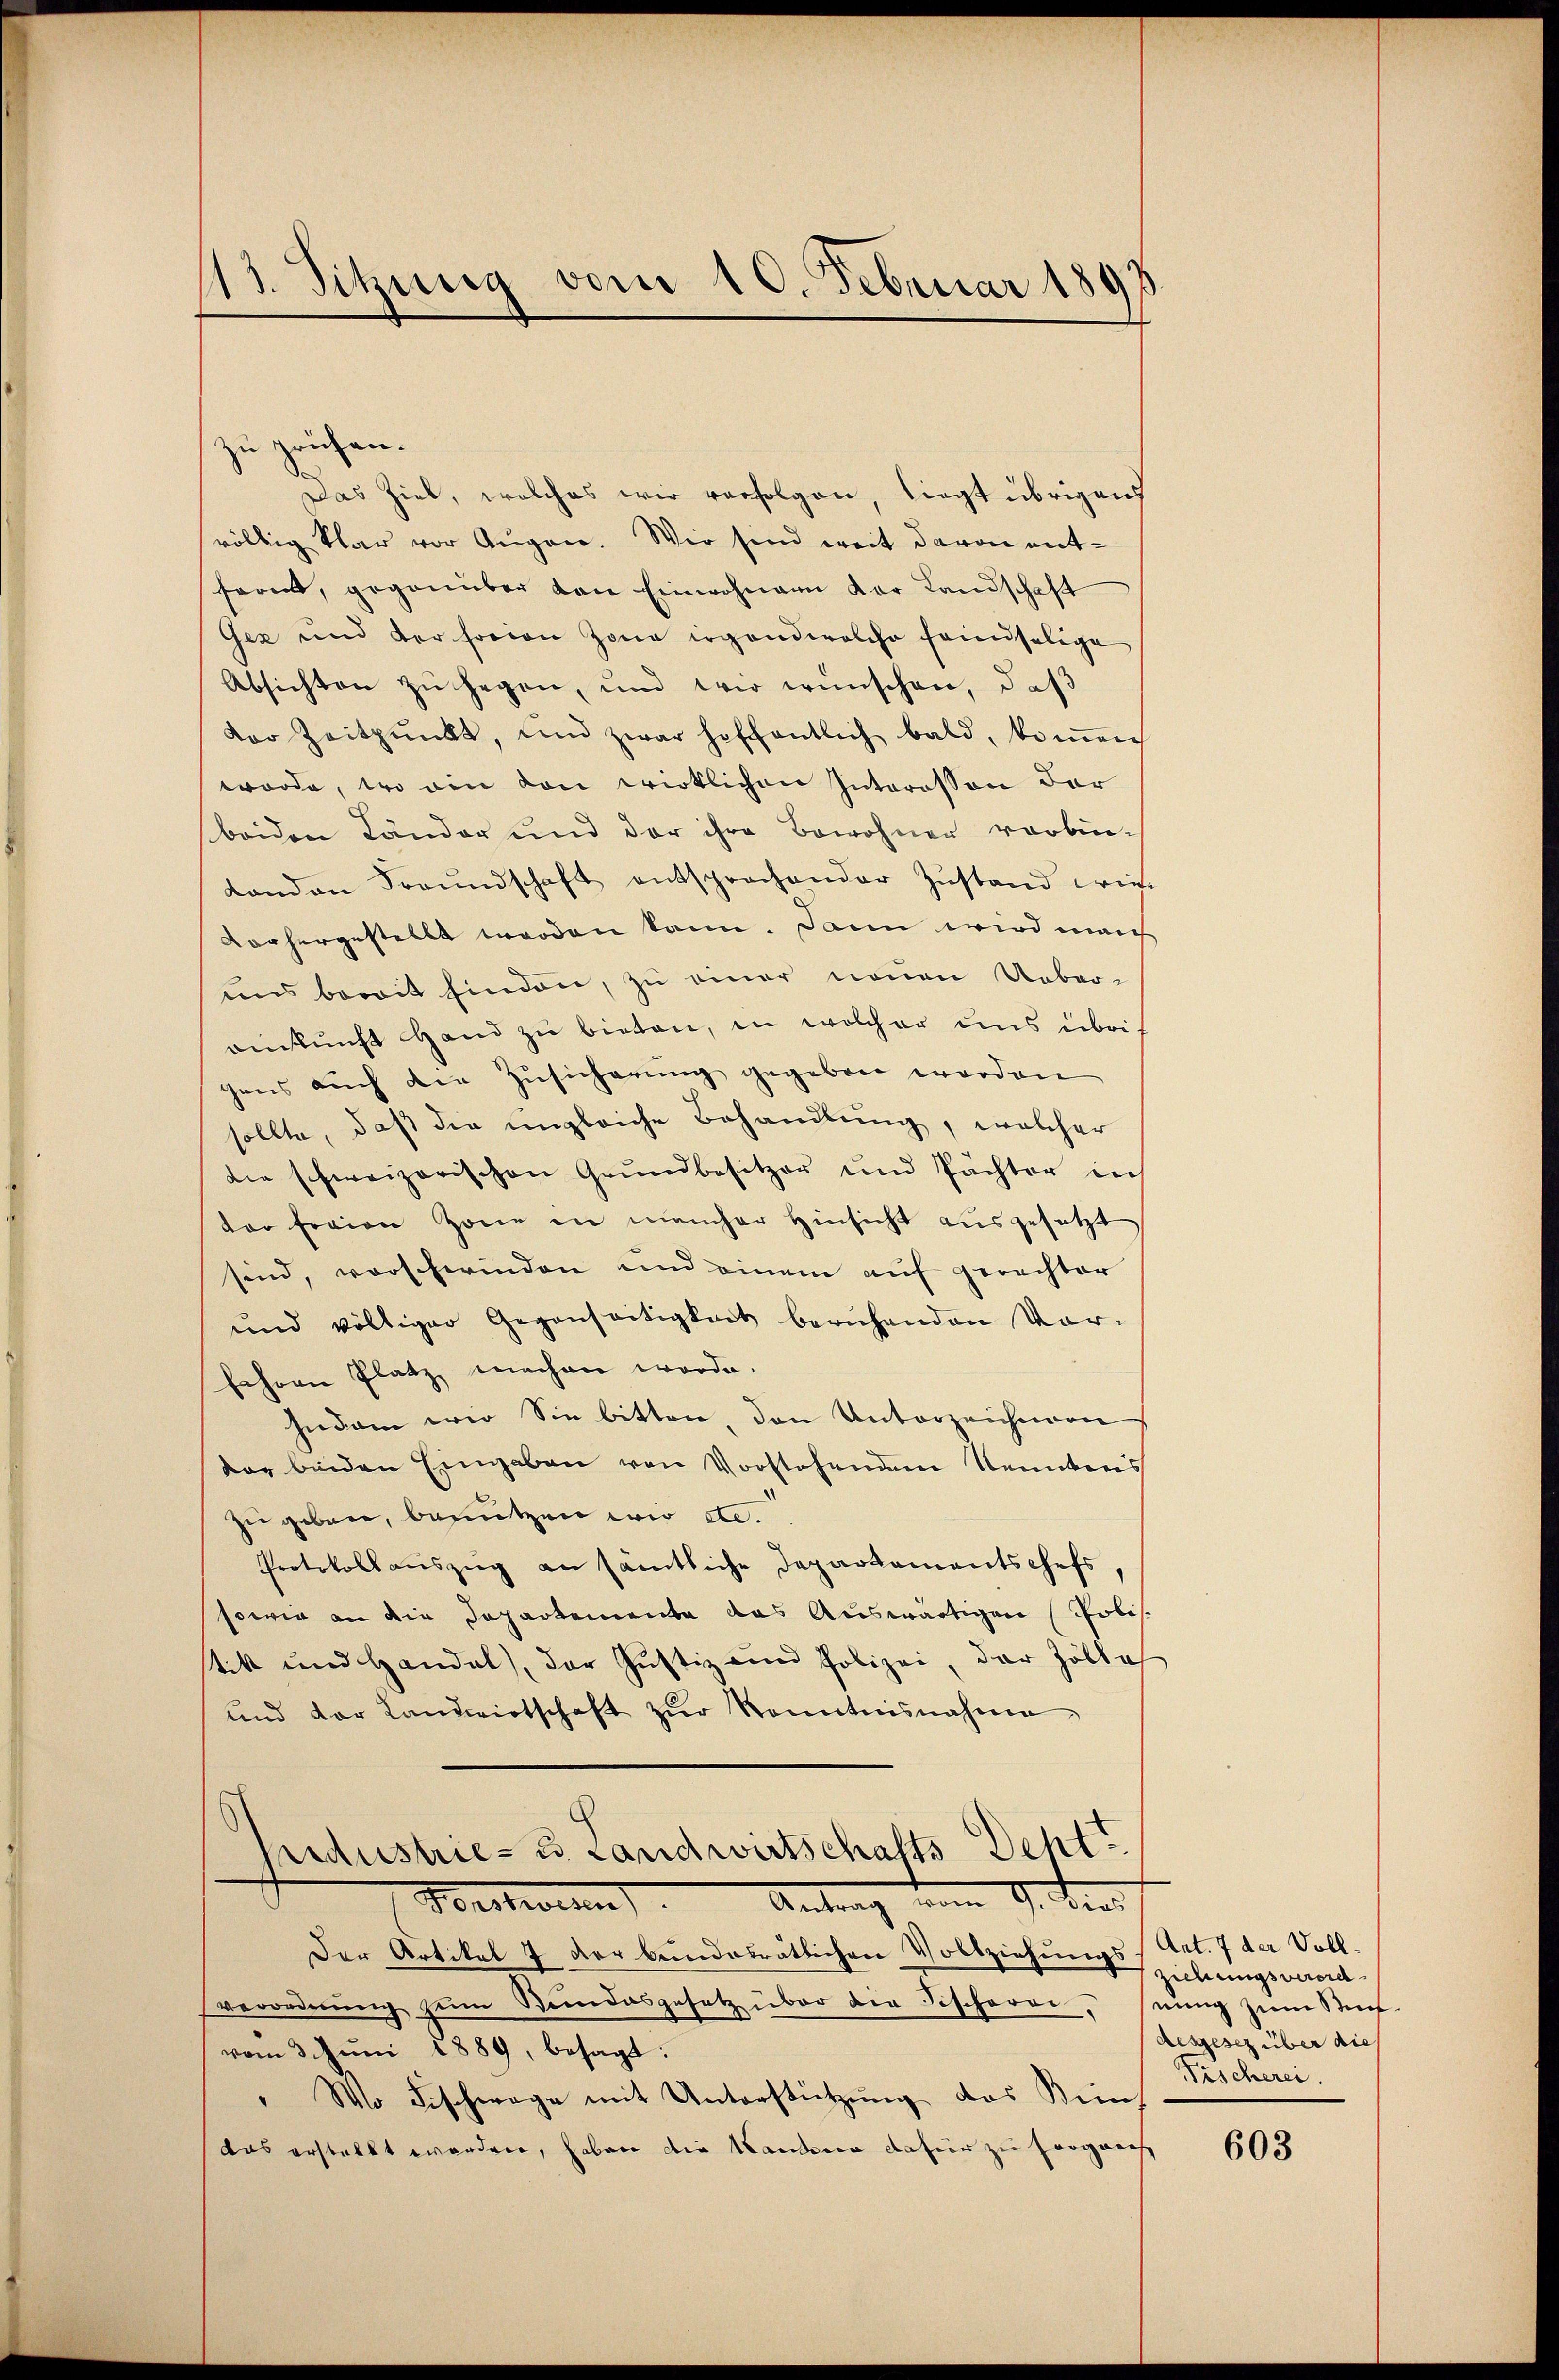
11. Sitzung vom 10. Februar 180

zu prüfen.
Das Ziel, welches wir verfolgen, liegt übrigens
völlig klar vor Augen. Wir sind weit davon entform, gegenüber von Einwohnern der Landschaft
Gez und der freien Zone irgendwelche feindselige
Absichten zu hegen, und wir wünschen, daß
dor Zeitpunkt, und zwar heffentlich bald, koṁen
worde, wo ein den wirklichen Interesson der
beiden Länder und der ihre Bewohner verbindon an Freundschaft entsprochender Zŭstand wis
vorhergestellt worden kann. Dann wird manch
uns berit finden, zu einer neuen Ueber-
einkunft Hand zu bieten, in welcher uns übri
hens auch die Zŭsicherŭng gegeben worden
sollte, daß die ungleiche Behandlung, welcher
die schweizerischen Grŭndbesitzer und Pächter in
der freien Zone in mancher Hinsicht ausgesetzt
sind, vorschwinden und einem auf gerechter
und völliger Gegenseitigkeit beruhenden Vor-
fahren Platz machen werde.
hndam wir Sie bitten, den Unterzeichnen
vor beiden Eingaben von Vorstehenden Kenntens
zu geben, benutzen wir etc.
Protokoll auszug an sämtliche Departementschefs,
sowie an die Separtementa das Auswärtigen (Polis
tik und Handel, der Justiz und Polizei, der Zölle
und der Landwirtschaft zŭr Kenntnisnahme

ridustrie- u. Landwirtschafts Deht?
Antrag vom 9. Seel
Forstweilen

Der Artikel 7 der bundesrätlichen Vollziehungs Art. 7 der Vollverordnŭng zŭm Steindesgesetz über die Fischerei, seing zŭm Stif-
vom 3. Juni 1889, besagt:
"Wo Fischwage mit Unterstützung das Beindas erstellt worden, haben die Handerer dafür zu sorgnach

Ziehungsverord
desgesez über die
Fischerei.

603